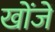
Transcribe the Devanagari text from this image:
खोंजें